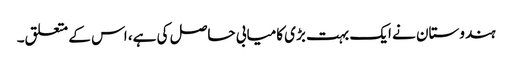
ہندوستان نے ایک بہت بڑی کامیابی حاصل کی ہے، اس کے متعلق۔